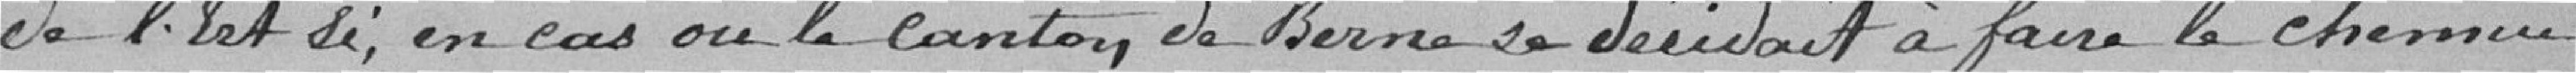
de l'Est si, en cas ou le canton de Berne se décidait à faire le chemin